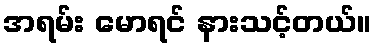
အရမ်း မောရင် နားသင့်တယ်။